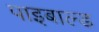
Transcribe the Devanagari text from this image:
पाइबाल्ड